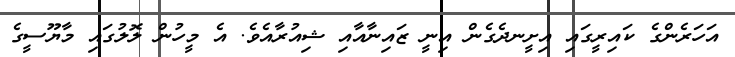
އަހަރެންގެ ކައިރީގައި އިށީނދެގެން އިނީ ޒައިނާއާއި ޝިއުރާއެވެ. އެ މީހުން ލޮލުގައި މާޔޫސީގެ